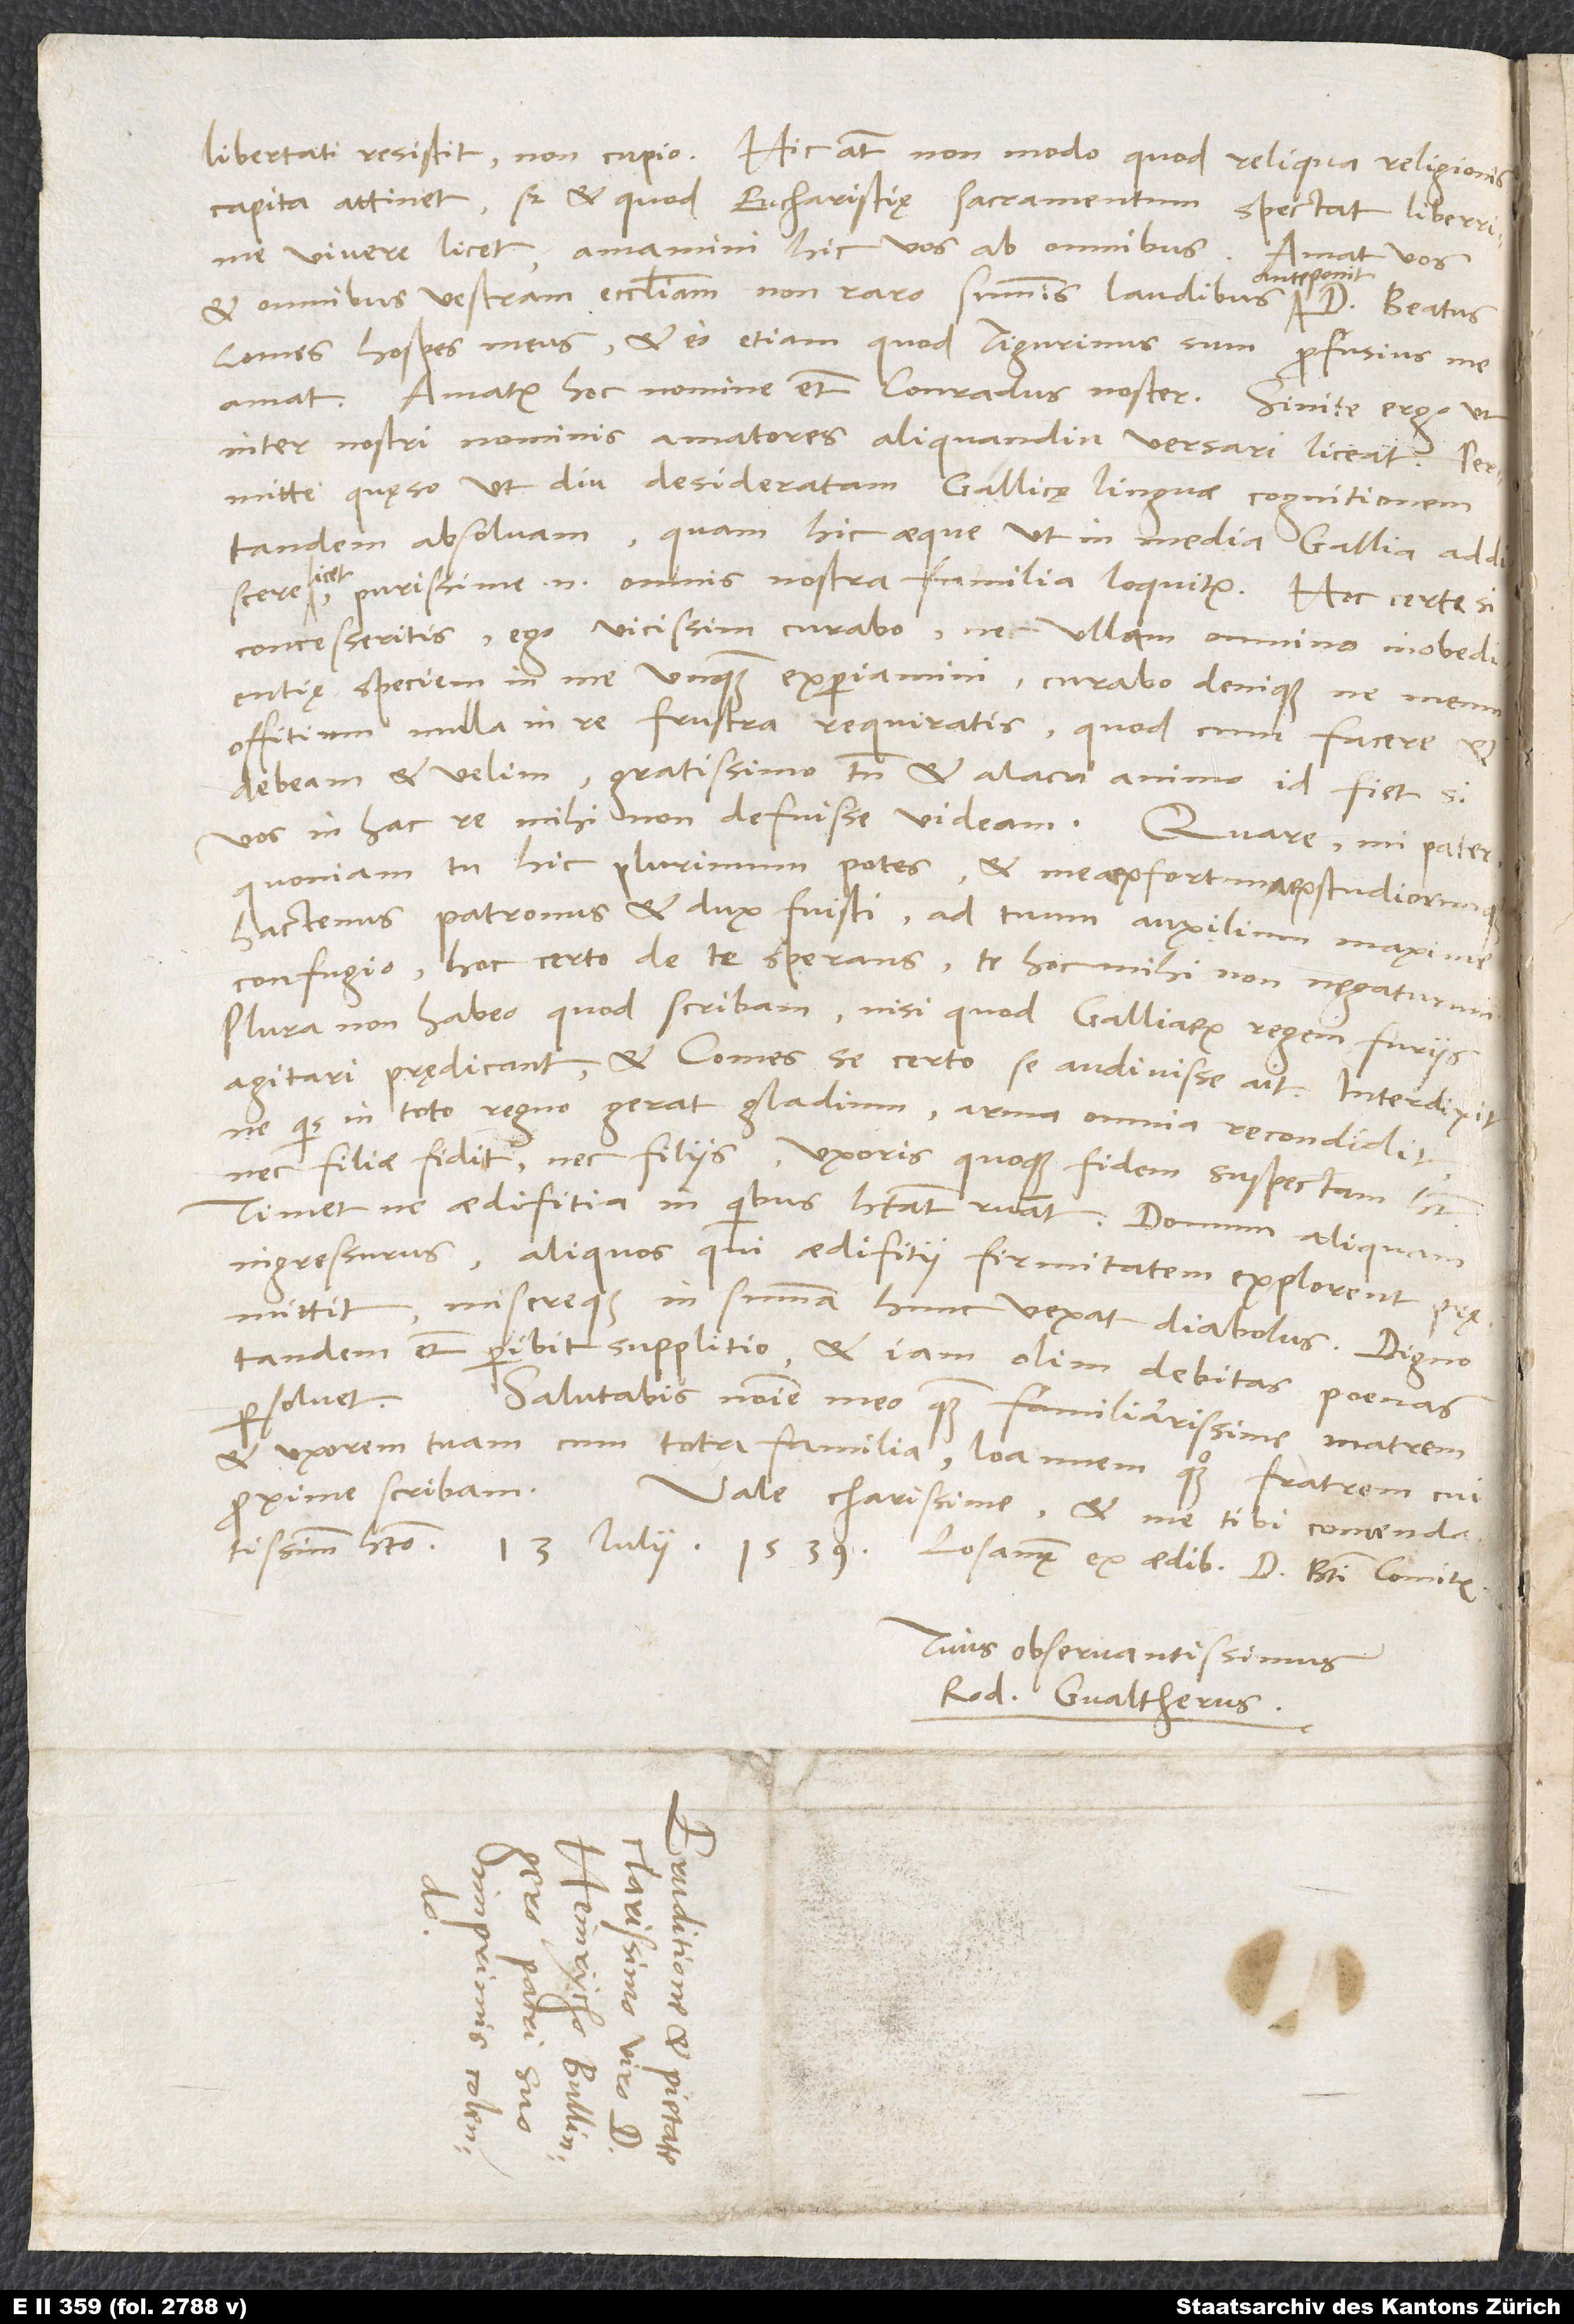
libertati resistit, non cupio. Hic autem non modo, quod reliqua religionis
capita attinet, sed et quod eucharistię sacramentum
spectat, liberrime
vivere licet. Amamini hic vos ab omnibus;
amat vos
anteponit
et omnibus vestram ecclesiam non raro summis laudibus
Comes, hospes meus, et eo etiam, quod Tigurinus sum, profusius me
inter nostri nominis amatores aliquandiu versari liceat. Permitte,
quęso, ut diu desideratam Gallicę linguae cognitionem
tandem absolvam, quam hic aeque ut in media Gallia addiscere
licet; purissime enim omnis nostra familia loquitur. Hoc certe si
concesseritis, ego vicissim curabo, ne ullam omnino inobedientię
speciem in me unquam experiamini, curabo denique, ne meum
offitium nulla in re frustra requiratis. Quod cum facere et
debeam et velim, gratissimo tamen et alacri animo id fiet, si
vos in hac re mihi non defuisse videam. Quare, mi pater,
quoniam tu hic plurimum potes et mearum fortunarum studiorumque
hactenus patronus et dux fuisti, ad tuum auxilium maxime
confugio hoc certo de te sperans te hoc mihi non negaturum.
Plura non habeo, quod scribam, nisi quod Galliarum regem furiis
agitari prędicant et Comes se certo se audivisse ait. Interdixit,
ne quis in toto regno gerat gladium, arma omnia recondidit
nec filiae fidit nec filiis; uxoris quoque fidem suspectam habet.
Timet, ne aedifitia, in quibus habitat, ruant; domum aliquam
ingressurus aliquos, qui aedifitii firmitatem explorent, pręmittit,
misereque in summa hunc vexat diabolus. Digno
tandem etiam peribit supplitio et iam olim debitas poenas
persolvet.
Salutabis nomine meo quam familiarissime matrem
et uxorem tuam cum tota familia, Ioannem quoque fratrem, cui
proxime scribam.
Vale, charissime, et me tibi comendatissimum
habeto. 13. iulii 1539, Losannę, ex aedibus d. Beati Comitis.
Tui observantissimus
Rod. Gvaltherus.